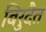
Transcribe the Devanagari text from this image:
बिरुदैत